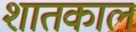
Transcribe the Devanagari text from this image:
शातकाल